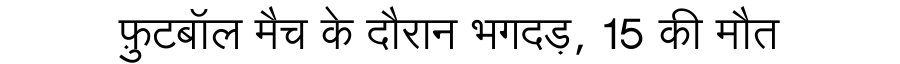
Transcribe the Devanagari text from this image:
फ़ुटबॉल मैच के दौरान भगदड़, 15 की मौत